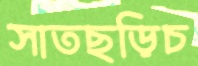
সাতছড়িচ